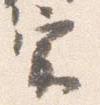
宗